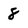
Character: 8